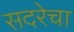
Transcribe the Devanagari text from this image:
सदरेचा